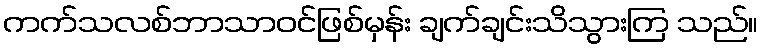
ကက်သလစ်ဘာသာဝင်ဖြစ်မှန်း ချက်ချင်းသိသွားကြ သည်။